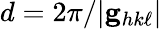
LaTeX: d=2\pi/|\mathbf{g}_{hk\ell}|